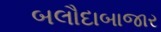
બલૌદાબાજાર